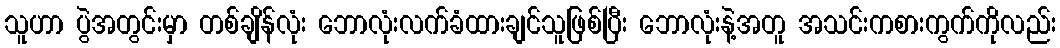
သူဟာ ပွဲအတွင်းမှာ တစ်ချိန်လုံး ဘောလုံးလက်ခံထားချင်သူဖြစ်ပြီး ဘောလုံးနဲ့အတူ အသင်းကစားကွက်ကိုလည်း